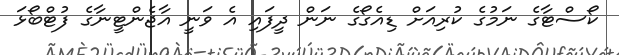
ކޯސްޓާގެ ނަމުގެ ކުރިއަށް ޑިއެގޯގެ ނަން ދީފައި އެ ވަނީ އާޖެންޓީނާގެ ފުޓްބޯޅަ